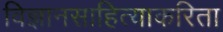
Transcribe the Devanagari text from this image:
विज्ञानसाहित्याकरिता